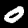
Label: 0